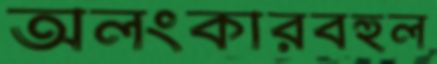
অলংকারবহুল